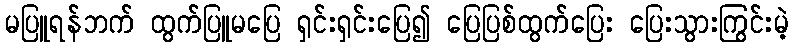
မပြူရန်ဘက် ထွက်ပြူမပြေ ရှင်းရှင်းပြေ၍ ပြေပြစ်ထွက်ပြေး ပြေးသွားကြွင်းမဲ့